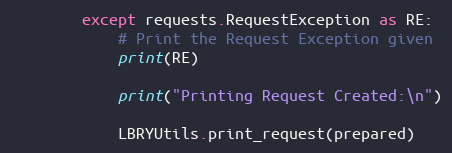
Language: Python
        except requests.RequestException as RE:
            # Print the Request Exception given
            print(RE)

            print("Printing Request Created:\n")

            LBRYUtils.print_request(prepared)